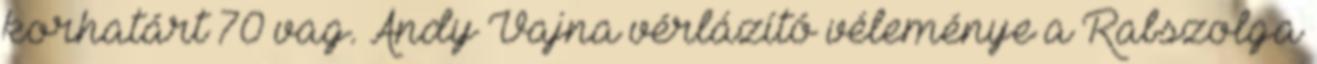
korhatárt 70 vag. Andy Vajna vérlázító véleménye a Rabszolga